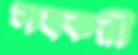
সহকরী